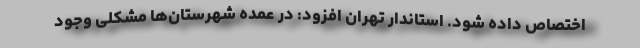
اختصاص داده شود. استاندار تهران افزود: در عمده شهرستان‌ها مشکلی وجود